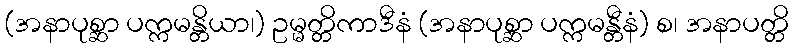
(အနာပုစ္ဆာ ပက္ကမန္တိယာ၊) ဥမ္မတ္တိကာဒီနံ (အနာပုစ္ဆာ ပက္ကမန္တီနံ) စ၊ အနာပတ္တိ